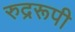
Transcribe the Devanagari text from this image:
रुद्ररूपी